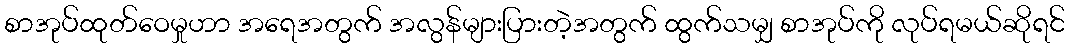
စာအုပ်ထုတ်ဝေမှုဟာ အရေအတွက် အလွန်များပြားတဲ့အတွက် ထွက်သမျှ စာအုပ်ကို လုပ်ရမယ်ဆိုရင်